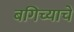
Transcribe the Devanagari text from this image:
बगिच्याचे